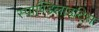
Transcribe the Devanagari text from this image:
स्पाण्डिलाइटिस